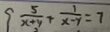
\frac { 5 } { x + y } + \frac { 1 } { x - y } = 7